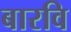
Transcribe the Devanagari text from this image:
बारवि